Annual administration report of the Civil Veterinary Department, Ajmere-Merwara, British Rajputana - 1914-1940
Year: 1914
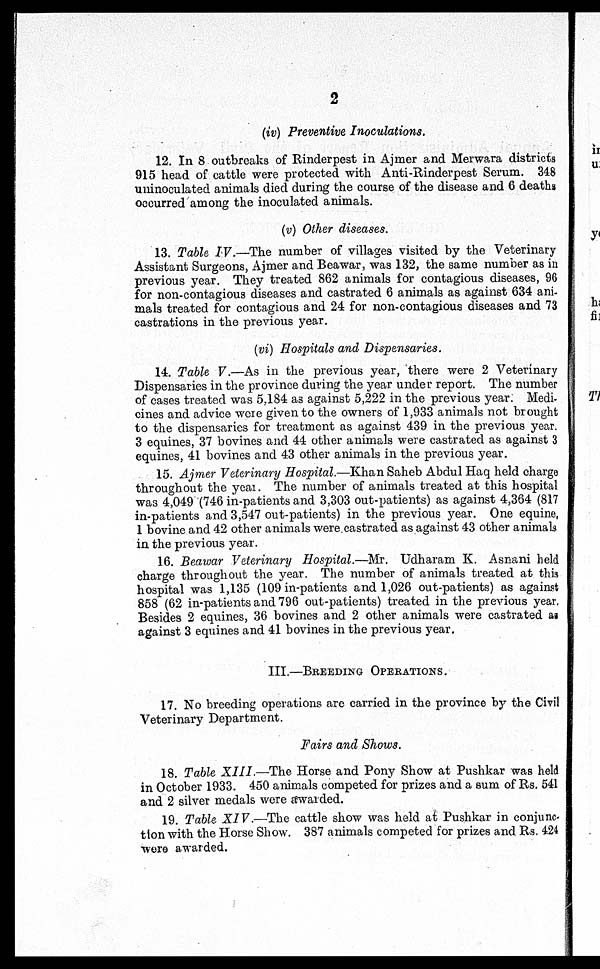
2
(iv) Preventive Inoculations.
12. In 8 outbreaks of Rinderpest in Ajmer and Merwara districts
915 head of cattle were protected with Anti-Rinderpest Serum. 348
uninoculated animals died during the course of the disease and 6 deaths
occurred among the inoculated animals.
(v) Other diseases.
13. Table IV.—The number of villages visited by the Veterinary
Assistant Surgeons, Ajmer and Beawar, was 132, the same number as in
previous year. They treated 862 animals for contagious diseases, 96
for non-contagious diseases and castrated 6 animals as against 634 ani-
mals treated for contagious and 24 for non-contagious diseases and 73
castrations in the previous year.
(vi) Hospitals and Dispensaries.
14. Table V.—As in the previous year, there were 2 Veterinary
Dispensaries in the province during the year under report. The number
of cases treated was 5,184 as against 5,222 in the previous year. Medi-
cines and advice were given to the owners of 1,933 animals not brought
to the dispensaries for treatment as against 439 in the previous year.
3 equines, 37 bovines and 44 other animals were castrated as against 3
equines, 41 bovines and 43 other animals in the previous year.
15. Ajmer Veterinary Hospital.—Khan Saheb Abdul Haq held charge
throughout the year. The number of animals treated at this hospital
was 4,049 (746 in-patients and 3,303 out-patients) as against 4,364 (817
in-patients and 3,547 out-patients) in the previous year. One equine,
1 bovine and 42 other animals were castrated as against 43 other animals
in the previous year.
16. Beawar Veterinary Hospital.—Mr. Udharam K. Asnani held
charge throughout the year. The number of animals treated at this
hospital was 1,135 (109 in-patients and 1,026 out-patients) as against
858 (62 in-patients and 796 out-patients) treated in the previous year
Besides 2 equines, 36 bovines and 2 other animals were castrated as
against 3 equines and 41 bovines in the previous year.
III.—BREEDING OPERATIONS.
17. No breeding operations are carried in the province by the Civil
Veterinary Department.
Fairs and Shows.
18. Table XIII.—The Horse and Pony Show at Pushkar was held
in October 1933. 450 animals competed for prizes and a sum of Rs. 541
and 2 silver medals were awarded.
19. Table XIV.—The cattle show was held at Pushkar in conjunc-
tion with the Horse Show. 387 animals competed for prizes and Rs. 424
were awarded.